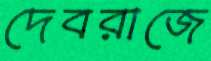
দেবরাজে